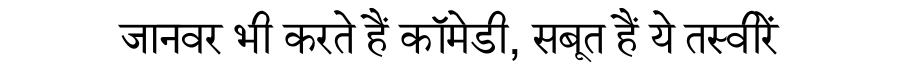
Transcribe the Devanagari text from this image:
जानवर भी करते हैं कॉमेडी, सबूत हैं ये तस्वीरें